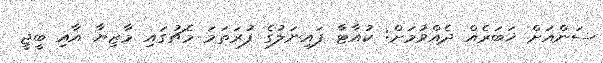
ސަންއަށް ޚަބަރެއް ދެއްވުމަށް: ކުއާޓާ ފައިނަލުގެ ފުރަތަމަ މެޗުގައި މާޒިޔާ އާއި ބީޖީ